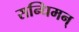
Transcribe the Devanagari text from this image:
सन्धिमन्